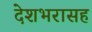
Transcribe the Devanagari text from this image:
देशभरासह